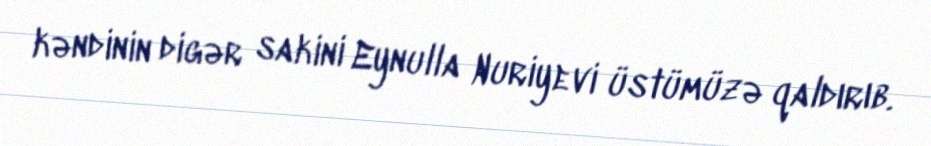
kəndinin digər sakini Eynulla Nuriyevi üstümüzə qaldırıb.